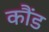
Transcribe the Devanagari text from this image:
कौंड